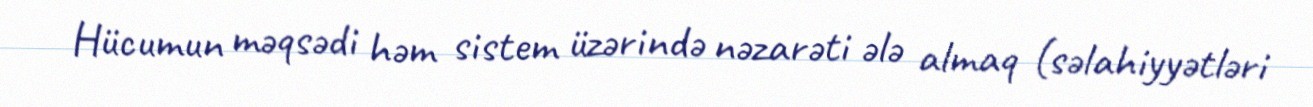
Hücumun məqsədi həm sistem üzərində nəzarəti ələ almaq (səlahiyyətləri